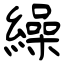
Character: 繰